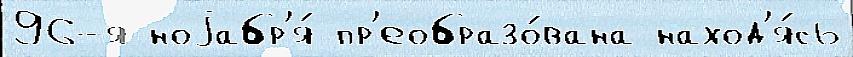
96-я ноjабр'я́ пр'еобразо́вана наход'я́сь